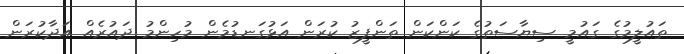
ތައުލީމުގެ ގައުމީ ސިޔާސަތުގެ ކަންކަން ތަންފީޒު ކުރަން އަޅުގަނޑުމެން މުހިންމު ދައުރެއް އަދާކުރަން